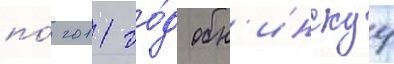
по́ 2011 го́д обн'инскуу